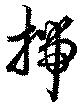
揣